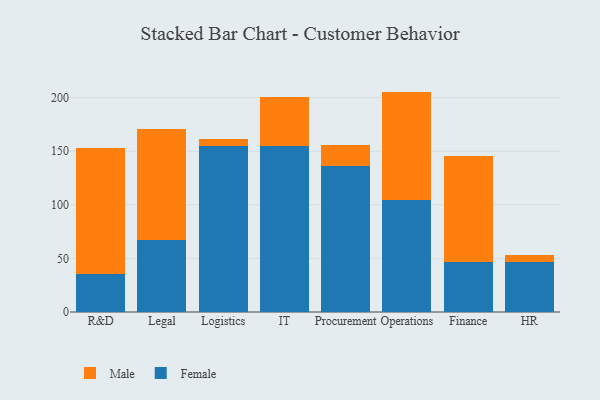
{"axis": {"x": "Department", "y": "Population (Million)"}, "legend": ["Female", "Male"], "data": [{"x": "R&D", "y": 35.2, "type": "Female"}, {"x": "R&D", "y": 118.1, "type": "Male"}, {"x": "Legal", "y": 67.4, "type": "Female"}, {"x": "Legal", "y": 103.5, "type": "Male"}, {"x": "Logistics", "y": 154.4, "type": "Female"}, {"x": "Logistics", "y": 6.6, "type": "Male"}, {"x": "IT", "y": 154.7, "type": "Female"}, {"x": "IT", "y": 46.2, "type": "Male"}, {"x": "Procurement", "y": 136.6, "type": "Female"}, {"x": "Procurement", "y": 19.6, "type": "Male"}, {"x": "Operations", "y": 104.9, "type": "Female"}, {"x": "Operations", "y": 100.7, "type": "Male"}, {"x": "Finance", "y": 46.4, "type": "Female"}, {"x": "Finance", "y": 99.4, "type": "Male"}, {"x": "HR", "y": 46.3, "type": "Female"}, {"x": "HR", "y": 7.1, "type": "Male"}]}